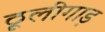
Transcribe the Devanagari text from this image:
ठूलीगाड़